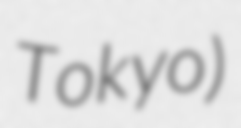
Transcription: Tokyo)